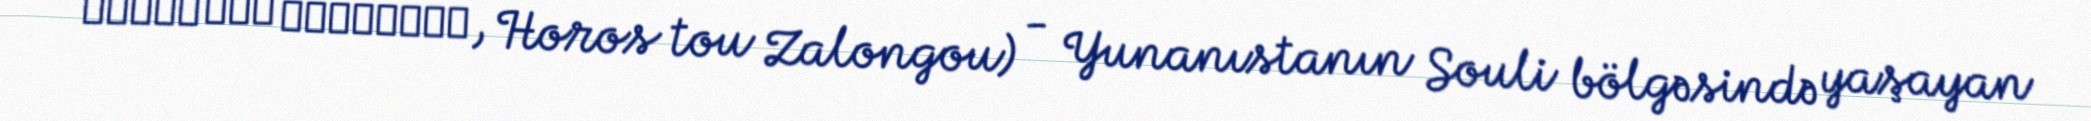
Χορός του Ζαλόγγου, Horos tou Zalongou) - Yunanıstanın Souli bölgəsində yaşayan